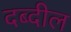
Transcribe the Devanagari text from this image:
दब्दील